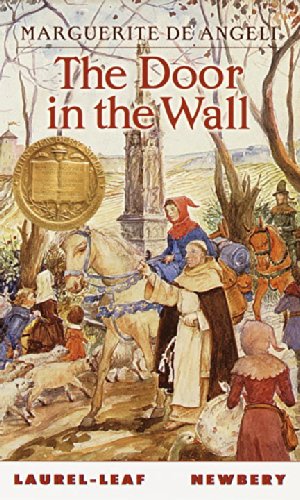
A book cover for The Door in the Wall; Marguerite De Angeli; Teen & Young Adult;